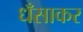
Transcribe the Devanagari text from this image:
धँसाकर